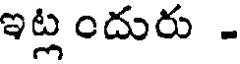
ఇట్ల ందురు -